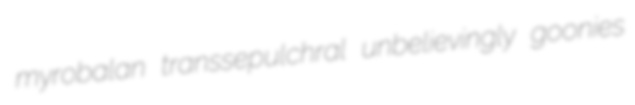
myrobalan transsepulchral unbelievingly goonies